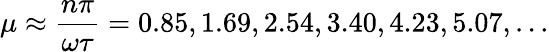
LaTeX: \mu\approx\frac{n\pi}{\omega\tau}=0.85,1.69,2.54,3.40,4.23,5.07,...